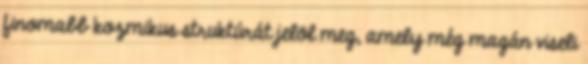
finomabb kozmikus struktúrát jelöl meg, amely még magán viseli